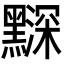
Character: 𪒗